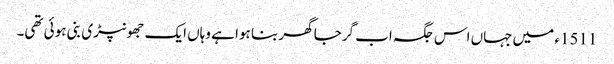
1511ء میں جہاں اس جگہ اب گرجا گھر بنا ہوا ہے وہاں ایک جھونپڑی بنی ہوئی تھی۔